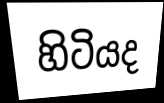
හිටියද